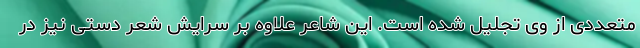
متعددی از وی تجلیل شده است. این شاعر علاوه بر سرایش شعر دستی نیز در